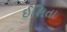
ઈશિતા